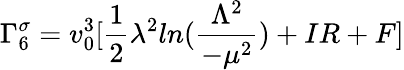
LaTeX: \Gamma_{6}^{\sigma}=v_{0}^{3}[\frac{1}{2}\lambda^{2}ln(\frac{\Lambda^{2}}{-\mu^{2}})+IR+F]